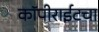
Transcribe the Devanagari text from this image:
कॉपीराईटचा